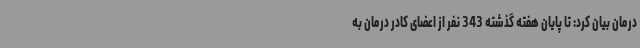
درمان بیان کرد: تا پایان هفته گذشته 343 نفر از اعضای کادر درمان به